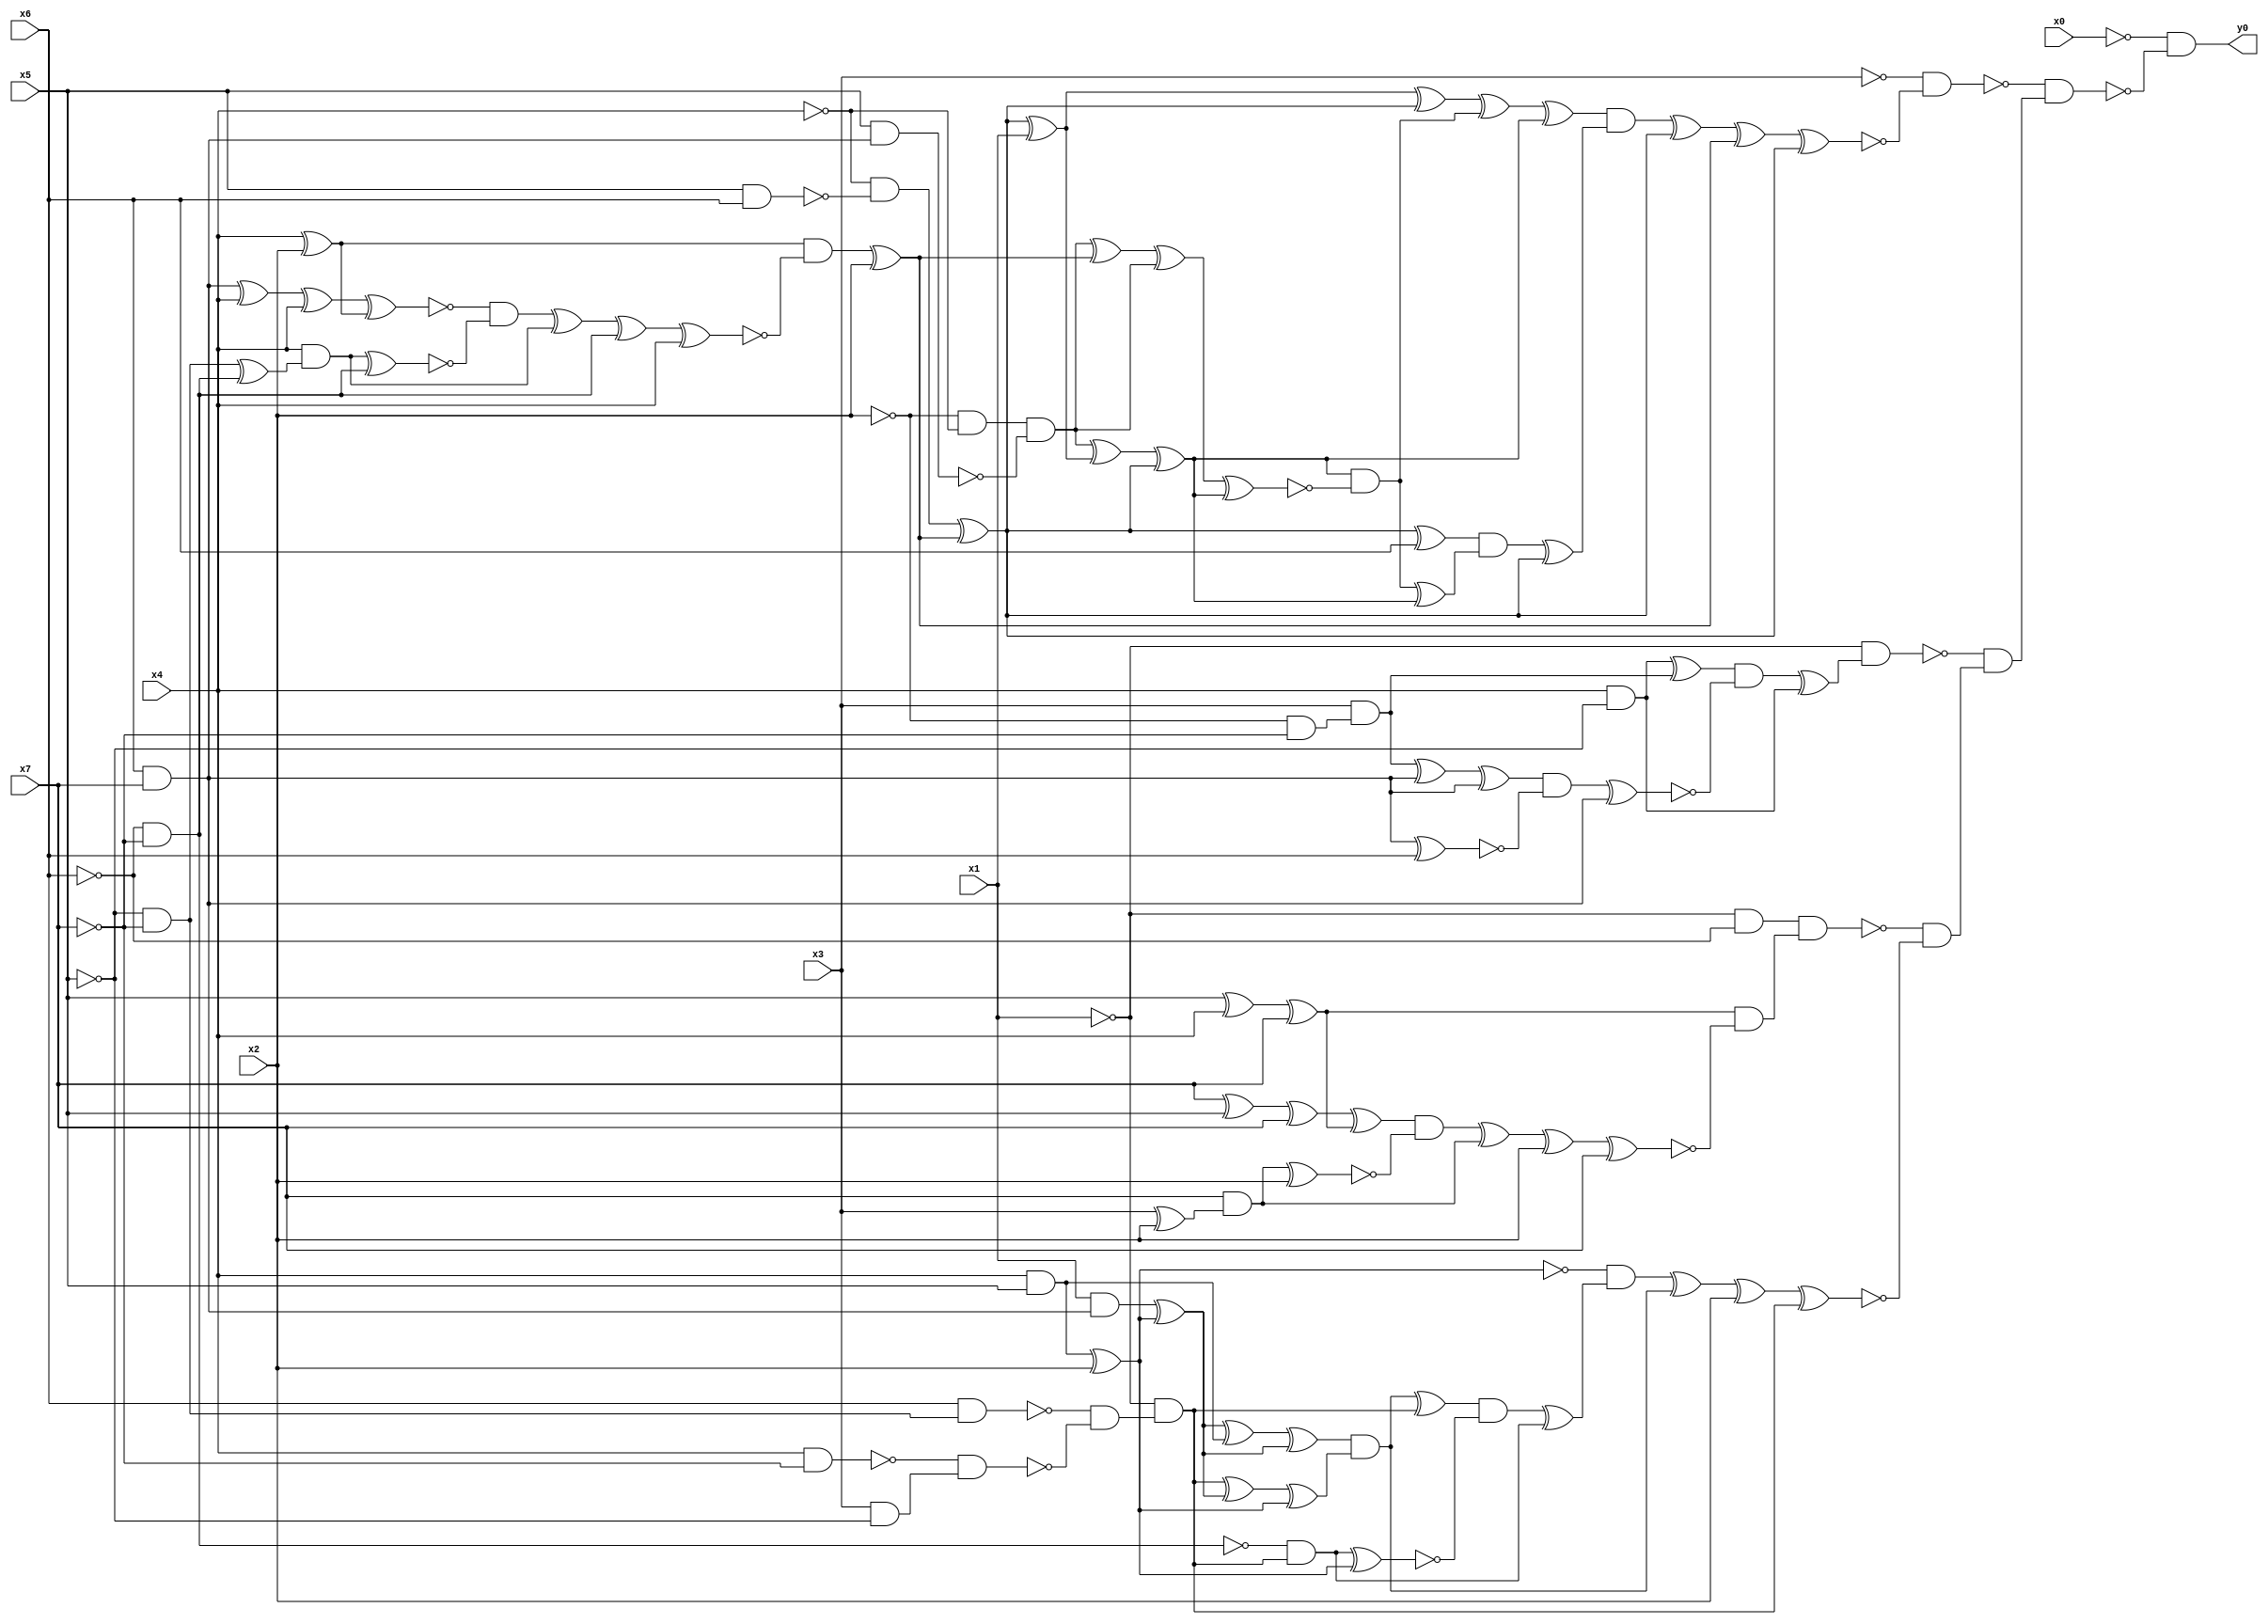
module top( x0 , x1 , x2 , x3 , x4 , x5 , x6 , x7 , y0 );
  input x0 , x1 , x2 , x3 , x4 , x5 , x6 , x7 ;
  output y0 ;
  wire n9 , n10 , n11 , n12 , n13 , n14 , n15 , n16 , n17 , n18 , n19 , n20 , n21 , n22 , n23 , n24 , n25 , n26 , n27 , n28 , n29 , n30 , n31 , n32 , n33 , n34 , n35 , n36 , n37 , n38 , n39 , n40 , n41 , n42 , n43 , n44 , n45 , n46 , n47 , n48 , n49 , n50 , n51 , n52 , n53 , n54 , n55 , n56 , n57 , n58 , n59 , n60 , n61 , n62 , n63 , n64 , n65 , n66 , n67 , n68 , n69 , n70 , n71 , n72 , n73 , n74 , n75 , n76 , n77 , n78 , n79 , n80 , n81 , n82 , n83 , n84 , n85 , n86 , n87 , n88 , n89 , n90 , n91 , n92 , n93 , n94 , n95 , n96 , n97 , n98 , n99 , n100 , n101 , n102 , n103 , n104 ;
  assign n25 = x5 & x6 ;
  assign n26 = ~x4 & ~n25 ;
  assign n9 = x4 ^ x2 ;
  assign n10 = x6 & x7 ;
  assign n11 = n10 ^ x4 ;
  assign n12 = n11 ^ x4 ;
  assign n13 = n12 ^ n9 ;
  assign n15 = ~x5 & ~x7 ;
  assign n14 = ~x6 & ~x7 ;
  assign n16 = n15 ^ n14 ;
  assign n17 = x4 & n16 ;
  assign n18 = n17 ^ n14 ;
  assign n19 = ~n13 & ~n18 ;
  assign n20 = n19 ^ n17 ;
  assign n21 = n20 ^ n14 ;
  assign n22 = n21 ^ x4 ;
  assign n23 = n9 & ~n22 ;
  assign n24 = n23 ^ x2 ;
  assign n27 = n26 ^ n24 ;
  assign n28 = n27 ^ x1 ;
  assign n38 = n28 ^ n27 ;
  assign n29 = ~x2 & ~x4 ;
  assign n30 = x5 & n10 ;
  assign n31 = n29 & ~n30 ;
  assign n32 = n31 ^ n28 ;
  assign n33 = n32 ^ n27 ;
  assign n34 = n31 ^ n24 ;
  assign n35 = n34 ^ n31 ;
  assign n36 = n35 ^ n33 ;
  assign n37 = n33 & ~n36 ;
  assign n39 = n38 ^ n37 ;
  assign n40 = n39 ^ n33 ;
  assign n41 = n27 ^ x6 ;
  assign n42 = n37 ^ n33 ;
  assign n43 = n41 & n42 ;
  assign n44 = n43 ^ n27 ;
  assign n45 = n40 & n44 ;
  assign n46 = n45 ^ n27 ;
  assign n47 = n46 ^ n24 ;
  assign n48 = n47 ^ n27 ;
  assign n49 = ~x3 & ~n48 ;
  assign n52 = x4 & ~x5 ;
  assign n50 = ~x2 & ~x7 ;
  assign n51 = x3 & n50 ;
  assign n53 = n52 ^ n51 ;
  assign n54 = n51 ^ n10 ;
  assign n55 = n54 ^ n10 ;
  assign n56 = n10 ^ x6 ;
  assign n57 = n55 & ~n56 ;
  assign n58 = n57 ^ n10 ;
  assign n59 = n53 & ~n58 ;
  assign n60 = n59 ^ n52 ;
  assign n61 = ~x1 & n60 ;
  assign n62 = ~x1 & ~x6 ;
  assign n63 = x5 ^ x4 ;
  assign n64 = n63 ^ x7 ;
  assign n65 = x7 ^ x5 ;
  assign n66 = n65 ^ x7 ;
  assign n67 = n66 ^ n64 ;
  assign n68 = x3 ^ x2 ;
  assign n69 = x7 & n68 ;
  assign n70 = n69 ^ x2 ;
  assign n71 = n67 & ~n70 ;
  assign n72 = n71 ^ n69 ;
  assign n73 = n72 ^ x2 ;
  assign n74 = n73 ^ x7 ;
  assign n75 = n64 & ~n74 ;
  assign n76 = n62 & n75 ;
  assign n77 = x4 & x5 ;
  assign n78 = n77 ^ x2 ;
  assign n79 = x1 & n10 ;
  assign n80 = n79 ^ n78 ;
  assign n81 = n80 ^ n77 ;
  assign n82 = n81 ^ n80 ;
  assign n83 = x6 & n15 ;
  assign n84 = x4 & ~x7 ;
  assign n85 = x3 & ~x5 ;
  assign n86 = ~n84 & n85 ;
  assign n87 = ~n83 & ~n86 ;
  assign n88 = ~x1 & n87 ;
  assign n89 = n88 ^ n80 ;
  assign n90 = n89 ^ n78 ;
  assign n91 = n82 & n90 ;
  assign n92 = n91 ^ n88 ;
  assign n93 = ~n14 & n88 ;
  assign n94 = n93 ^ n78 ;
  assign n95 = n92 & ~n94 ;
  assign n96 = n95 ^ n93 ;
  assign n97 = ~n78 & n96 ;
  assign n98 = n97 ^ n91 ;
  assign n99 = n98 ^ x2 ;
  assign n100 = n99 ^ n88 ;
  assign n101 = ~n76 & ~n100 ;
  assign n102 = ~n61 & n101 ;
  assign n103 = ~n49 & n102 ;
  assign n104 = ~x0 & ~n103 ;
  assign y0 = n104 ;
endmodule